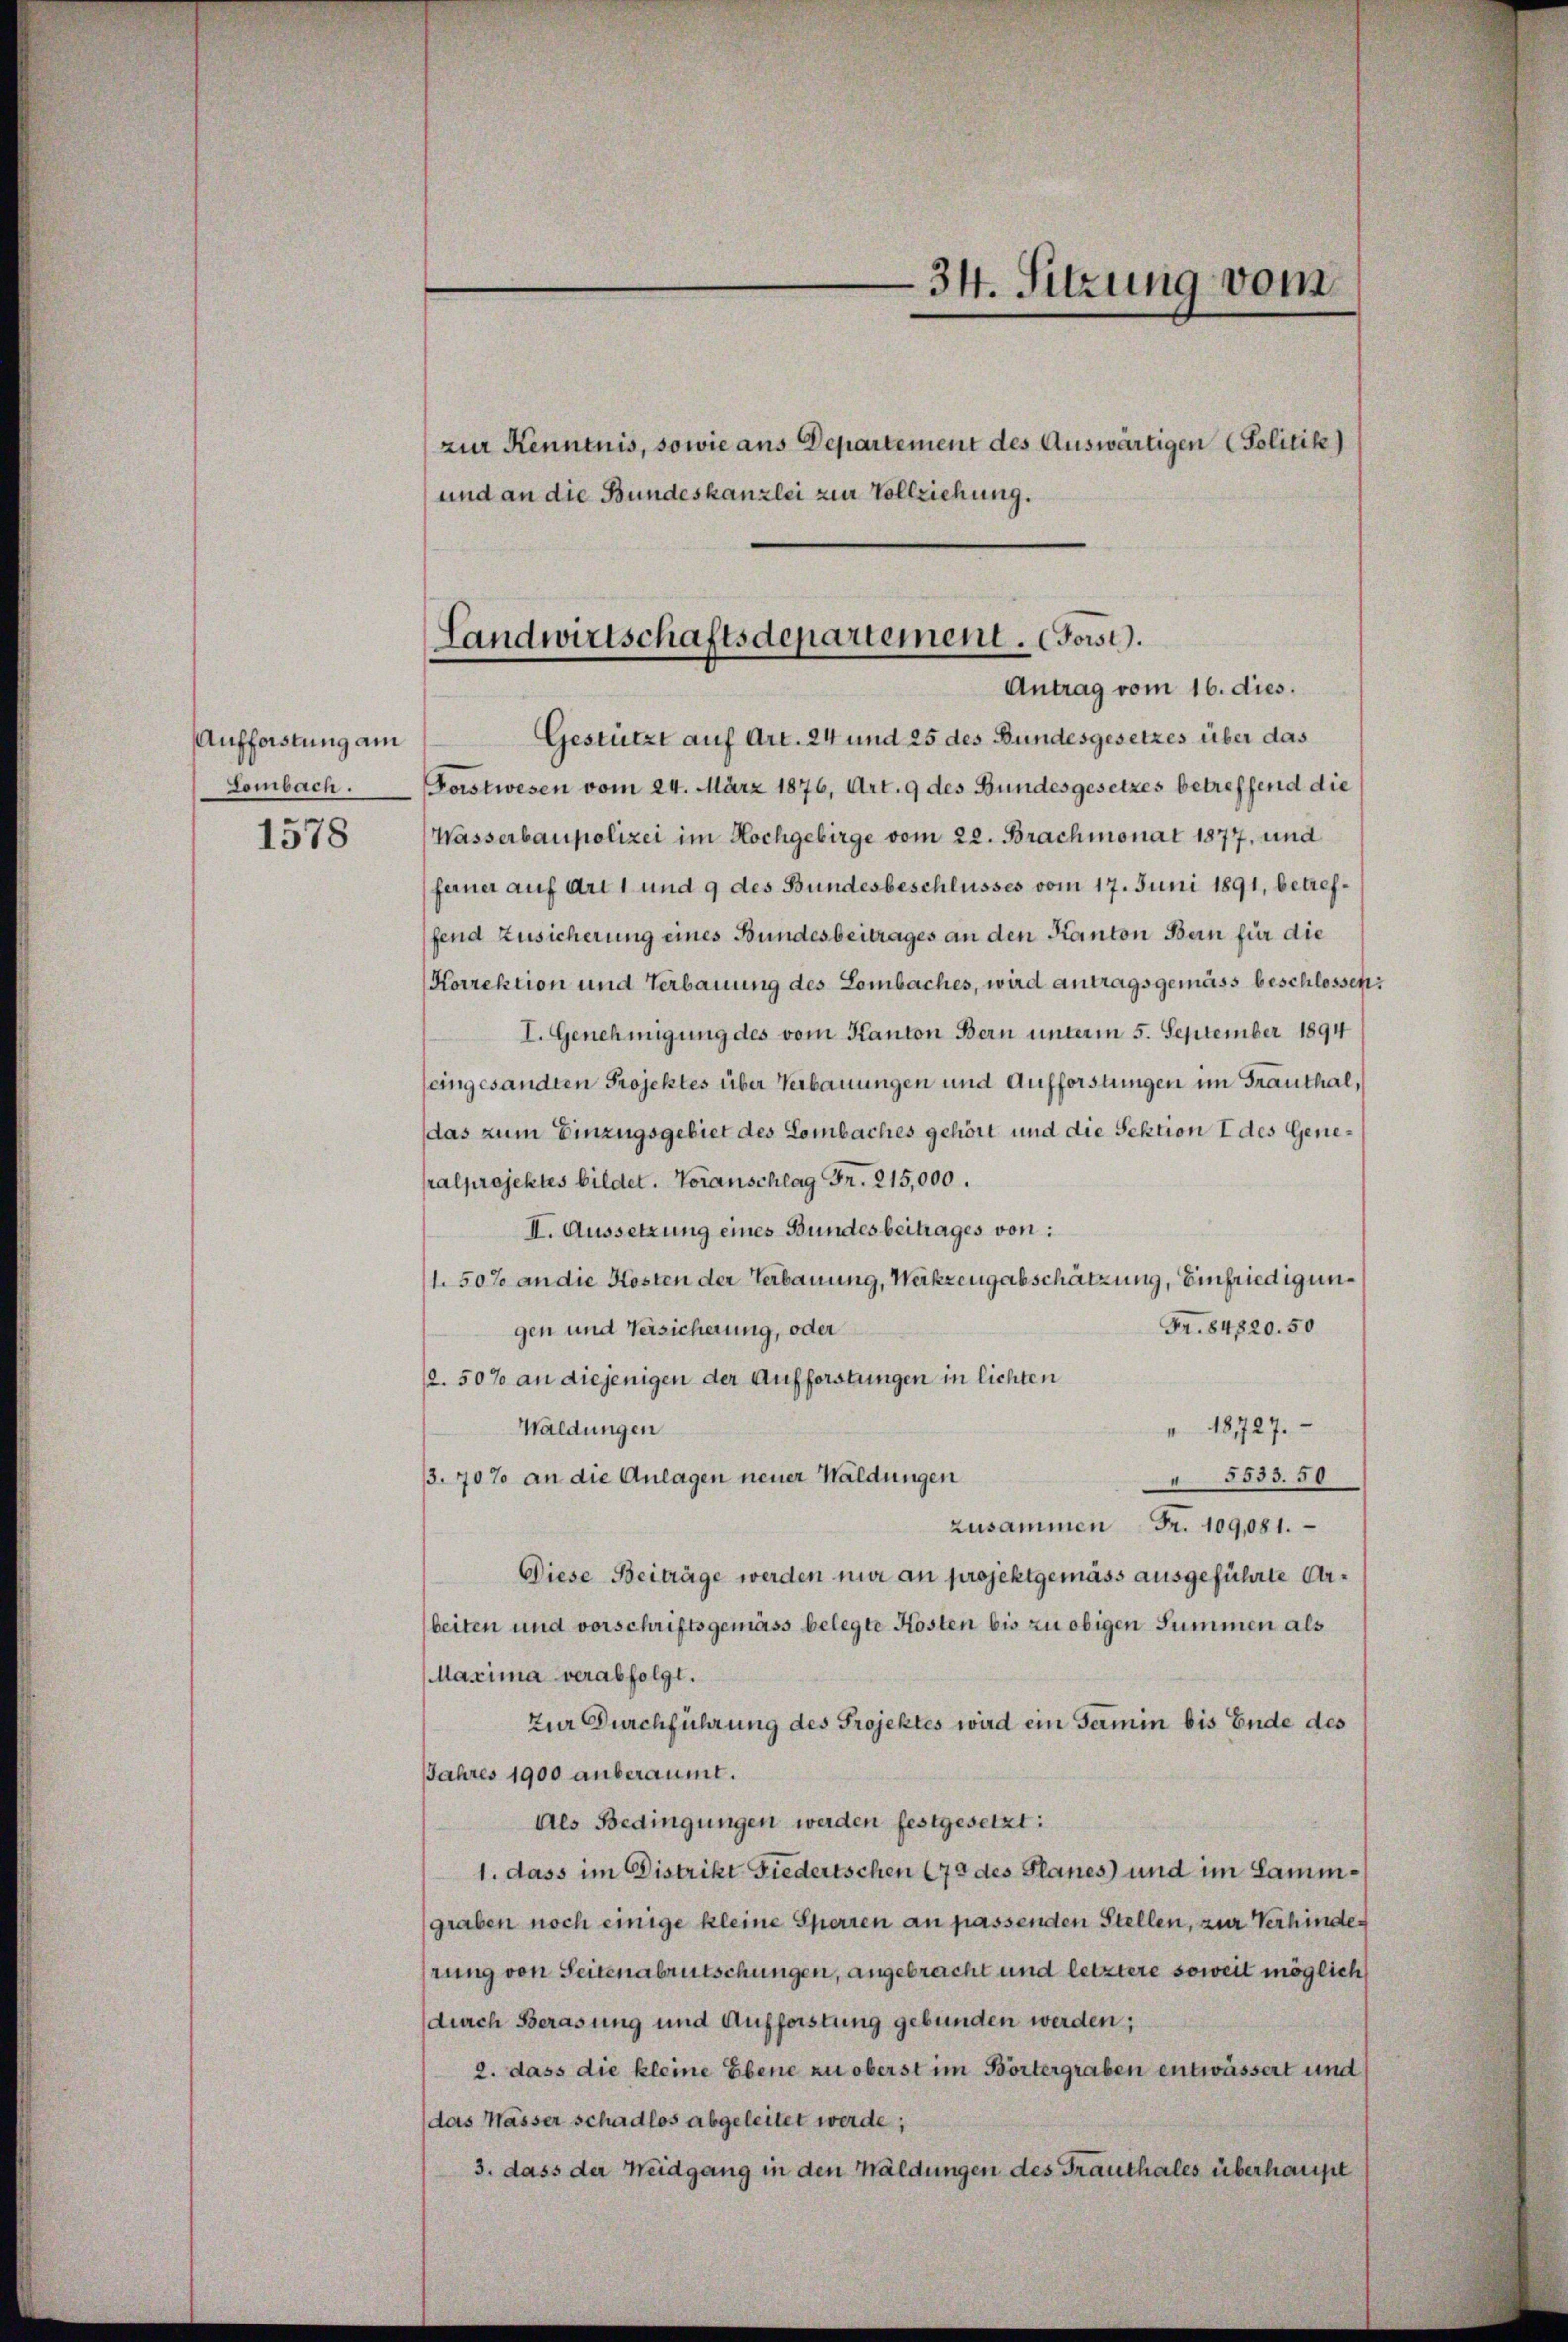
Aufforstung am
Lombach.

1578

und an die Bundeskanzlei zur Vollziehung.

zur Kenntnis, sowie aus Departement des Auswärtigen (Politik)

34. Sitzung vom

Landwirtschaftsdepartement. (Forst.
Antrag vom 16. dies.

Gestützt auf Art. 24 und 25 des Bundesgesetzes über das
Forstwesen vom 24. März 1876, Art. 9 des Bundesgesetzes betreffend die
Wasserbaupolizei im Hochgebirge vom 22. Brachmonat 1877, und
ferner auf Art. 1 und 9 des Bundesbeschlusses vom 17. Juni 1891, betreffend Zusicherung eines Bundesbeitrages an den Kanton Bern für die
Korrektion und Verbauung des Lombaches, wird antragsgemäss beschlossen:
I. Genehmigung des vom Kanton Bern unterm 5. September 1894
(eingesandten Projektes über Verbauungen und Aufforstungen im Franthal,
das zum Einzugsgebiet des Lombaches gehört und die Sektion I des Generalprojektes bildet. Voranschlag Fr. 215,000.
II. Aussetzung eines Bundesbeitrages von:
1.50% an die Kosten der Verbauung, Werkzeugabschätzung, Einfriedigun¬
Fr. 84820. 50
gen und Versicherung, oder
12.50% an diejenigen der Aufforstungen in lichten
Waldungen
18727.
3.70% an die Anlagen neuer Waldungen
" 5533. 50
zusammen Fr. 109,081.
Diese Beiträge werden mir an projektgemäss ausgeführte Arbeiten und vorschriftsgemäss belegte Kosten bis zu obigen Summen als
Maxima verabfolgt.
zur Durchführung des Projektes wird ein Termin bis Ende des
JJahres 1900 anberaumt.
Als Bedingungen werden festgesetzt:
1. dass im Distrikt Fiedertschen (79 des Planes) und im Sammgraben noch einige kleine Sperren an passenden Stellen, zur Verhinder
rung von Seitenabrutschungen, angebreicht und letztere soweit möglich
durch Berasung und Aufforstung gebunden werden;
2. dass die kleine Ebene zu oberst im Börtergraben entwässert und
das Wasser schadlos abgeleitet werde;
3. dass der Weidgang in den Waldungen des Trauthales überhaupt